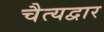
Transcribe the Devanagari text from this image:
चैत्यद्वार